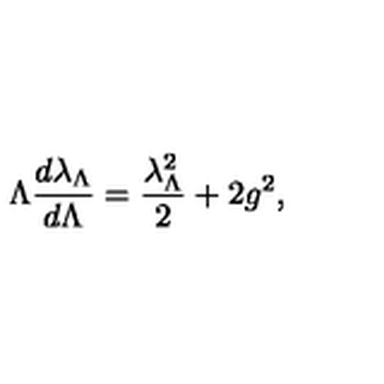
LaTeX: \Lambda { \frac { d \lambda _ { \Lambda } } { d \Lambda } } = { \frac { \lambda _ { \Lambda } ^ { 2 } } { 2 } } + 2 g ^ { 2 } ,